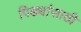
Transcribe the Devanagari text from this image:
पिढ्यांसाठी